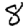
Digit: 8